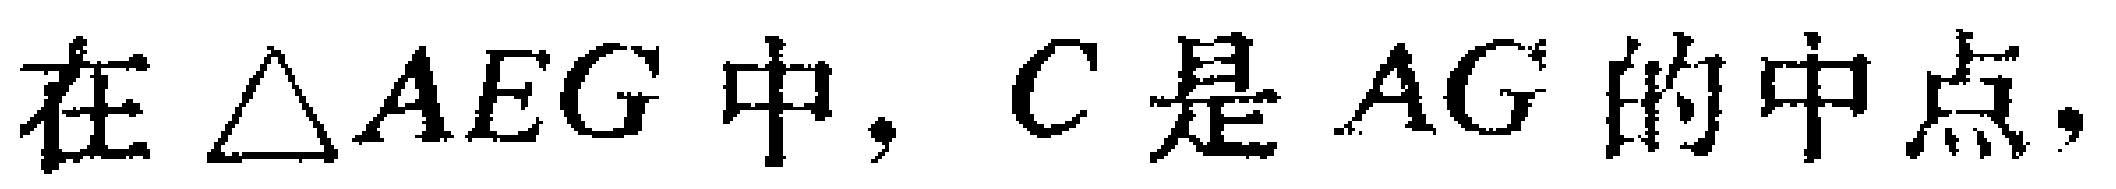
在$\triangle AEG$中，$C$是$AG$的中点，